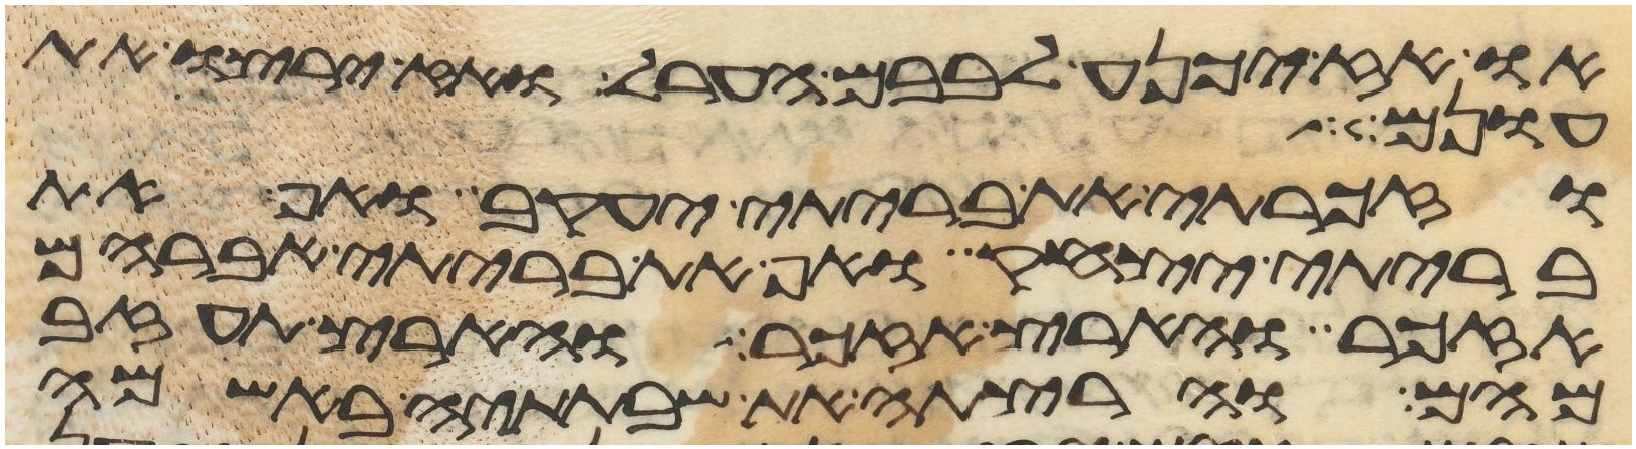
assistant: או אז יכנע לבבם הערל ואז ירצו את
עונם
וזכרתי את בריתי יעקב ואף את
בריתי יצחק ואף את בריתי אברהם
אזכר והארץ אזכר והארץ תעזב
מהם והרצתה את שבתתיה באשמה